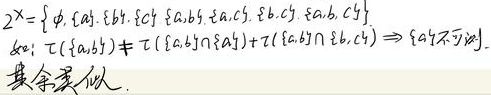
$2^{X}=\{\varnothing,\{a\},\{b\},\{c\},\{a,b\},\{a,c\},\{b,c\},\{a,b,c\}\}$。如： $\tau(\{a,b\})\neq\tau(\{a,b\}\cap\{a\})+\tau(\{a,b\}\cap\{b,c\})\Rightarrow \{a,b\}\text{不可加}$。其余类似。